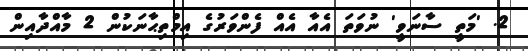
2. 'މަތީ ސާނަވީ' ނުވަތަ އެއާ އެއް ފެންވަރުގެ އިމްތިޙާނަކުން 2 މާއްދާއިން